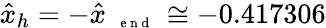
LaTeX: \hat{x}_{h}=-\hat{x}_{\mathrm{~{~\scriptsize~e~n~d~}~}}\cong-0.417306